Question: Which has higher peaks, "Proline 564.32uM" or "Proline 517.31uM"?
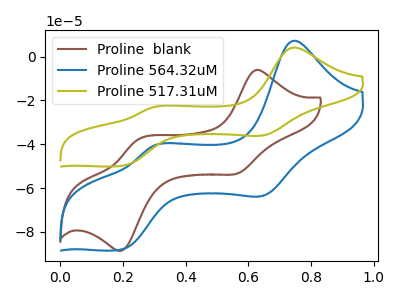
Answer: <think>The brown curve "Proline  blank" has anodic peaks at (0.60V, -6.25uA) (0.25V, -37.80uA) and cathodic peaks at (0.55V, -53.25uA) (0.20V, -88.30uA). The blue curve "Proline 564.32uM" has anodic peaks at (0.75V, 7.25uA) (0.30V, -40.80uA) and cathodic peaks at (0.65V, -63.30uA) (0.20V, -88.05uA). The olive curve "Proline 517.31uM" has anodic peaks at (0.75V, 4.10uA) (0.30V, -23.15uA) and cathodic peaks at (0.65V, -35.85uA) (0.20V, -49.90uA).</think>
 <answer>The peaks in "Proline 564.32uM" are neither all higher or all lower than the peaks in "Proline 517.31uM".</answer>
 <eval>mixed</eval>